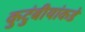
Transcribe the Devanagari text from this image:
कुटुंबीयांकडे